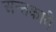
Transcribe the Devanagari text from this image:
अन्तकारी